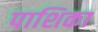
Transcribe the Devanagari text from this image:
पाशिका